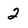
Character: 2